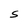
Character: S